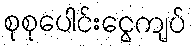
စုစုပေါင်းငွေကျပ်